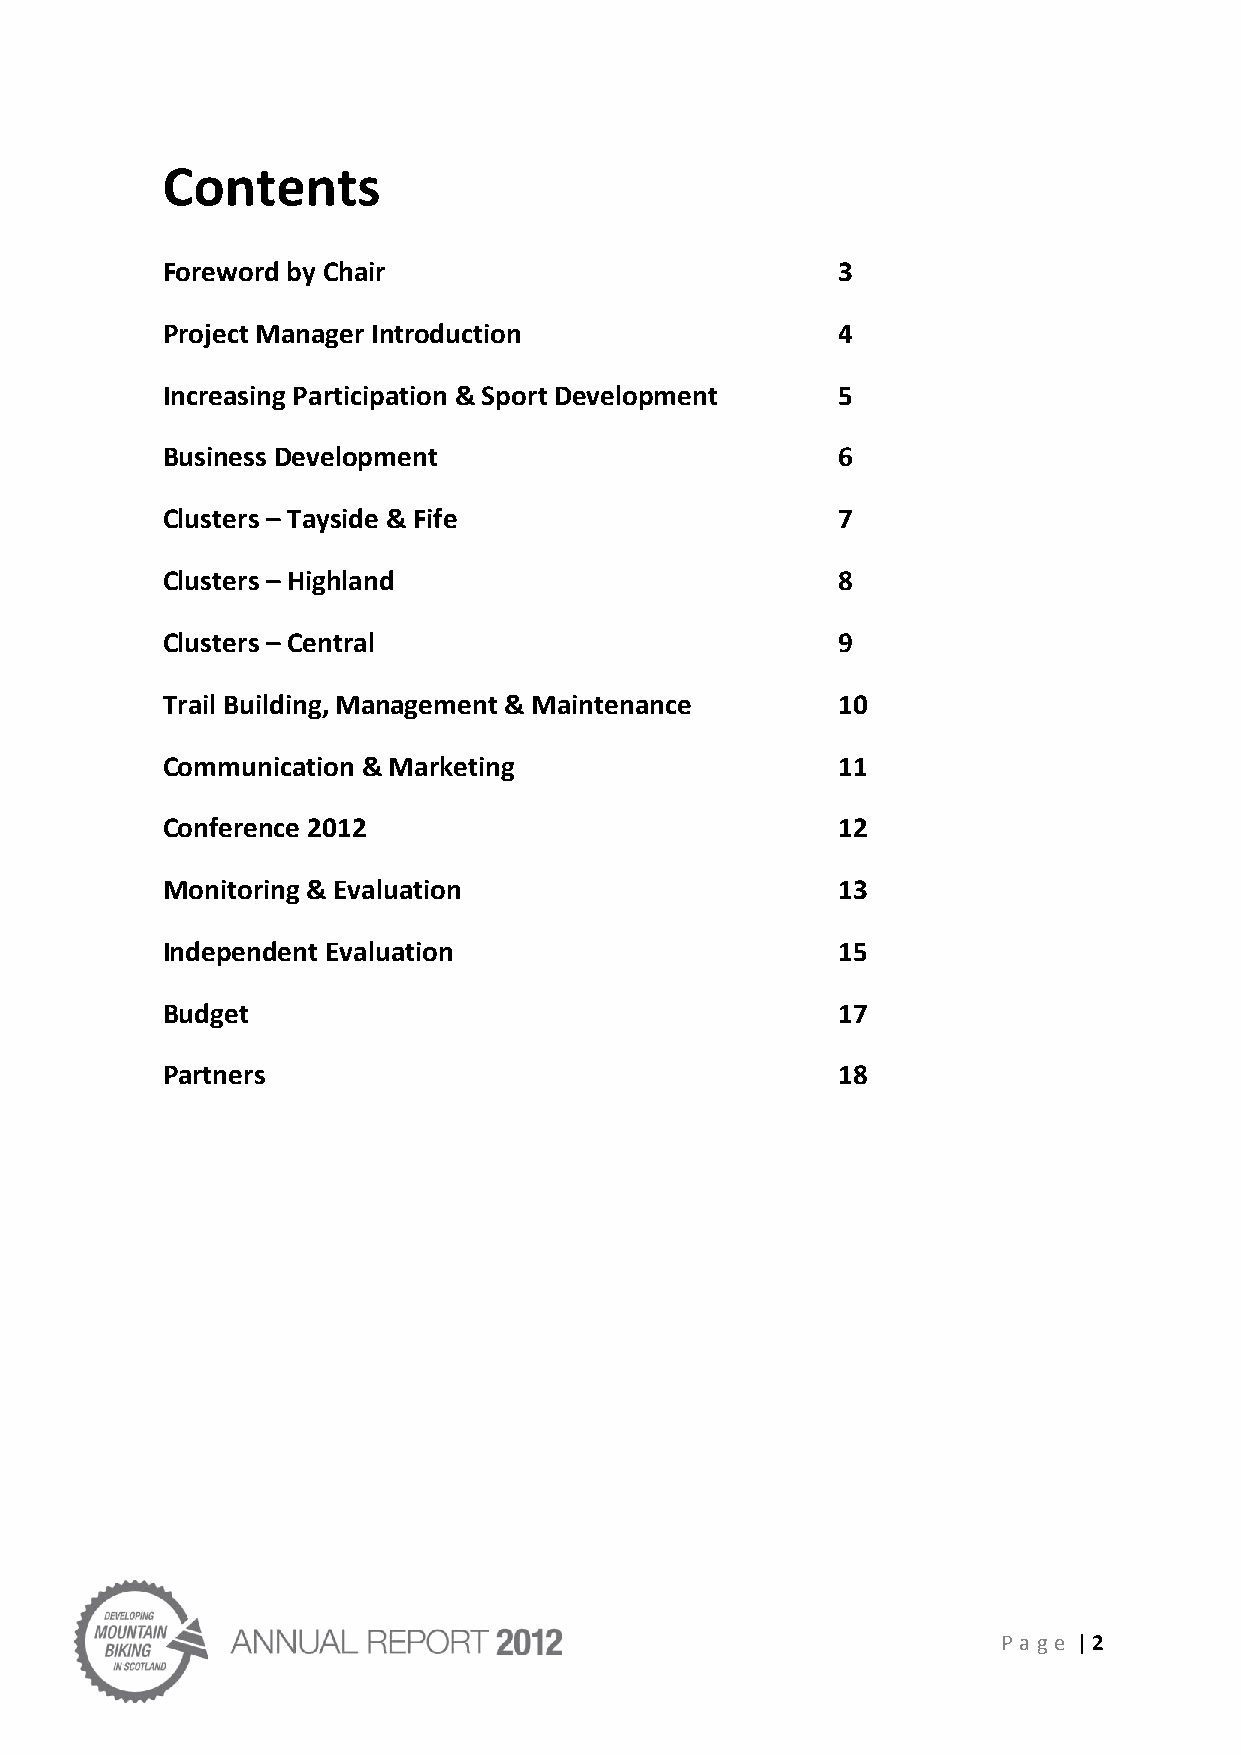
Contents
 Foreword by Chair                           3
 Project Manager Introduction                4
 Increasing Participation & Sport Development 5
 Business Development                        6
 Clusters – Tayside & Fife                   7
 Clusters – Highland                         8
 Clusters – Central                          9
 Trail Building, Management & Maintenance    10
 Communication & Marketing                   11
 Conference 2012                             12
 Monitoring & Evaluation                     13
 Independent Evaluation                      15
 Budget                                      17
 Partners                                    18
 P age | 2